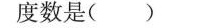
的度数是( )